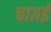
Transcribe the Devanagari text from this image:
चाग़ई